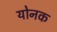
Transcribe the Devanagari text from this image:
योनक